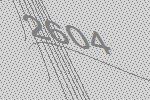
2604